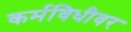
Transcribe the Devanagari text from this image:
कर्मविधीवर